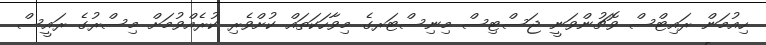
ހިއުމަން ރައިޓްސް ވޮޗުންވަނީ ޖަސްޓިސް މިނިސްޓަރގެ މިވާހަކަތައް ކުށްވެރި ކުރެއްވުމަށް މިސްރުގެ ރައީސް